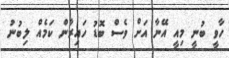
ހާވީ ބުނީ މިއީ އޭނާ އަށް ވެސް ބޮޑު ހައިރާން ކަމެއް ލިބުނު